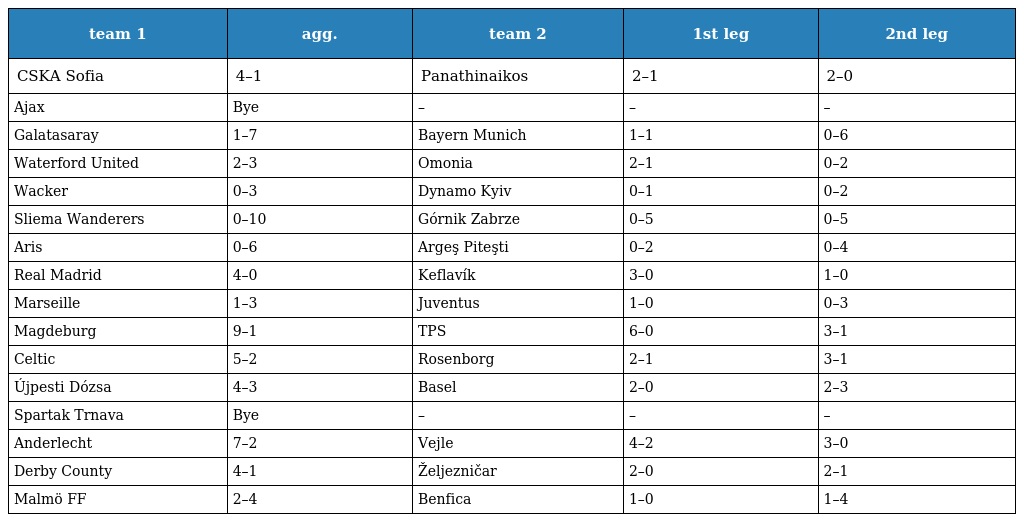
| team 1 | agg. | team 2 | 1st leg | 2nd leg |
 | --- | --- | --- | --- | --- |
 | CSKA Sofia | 4–1 | Panathinaikos | 2–1 | 2–0 |
 | Ajax | Bye | – | – | – |
 | Galatasaray | 1–7 | Bayern Munich | 1–1 | 0–6 |
 | Waterford United | 2–3 | Omonia | 2–1 | 0–2 |
 | Wacker | 0–3 | Dynamo Kyiv | 0–1 | 0–2 |
 | Sliema Wanderers | 0–10 | Górnik Zabrze | 0–5 | 0–5 |
 | Aris | 0–6 | Argeş Piteşti | 0–2 | 0–4 |
 | Real Madrid | 4–0 | Keflavík | 3–0 | 1–0 |
 | Marseille | 1–3 | Juventus | 1–0 | 0–3 |
 | Magdeburg | 9–1 | TPS | 6–0 | 3–1 |
 | Celtic | 5–2 | Rosenborg | 2–1 | 3–1 |
 | Újpesti Dózsa | 4–3 | Basel | 2–0 | 2–3 |
 | Spartak Trnava | Bye | – | – | – |
 | Anderlecht | 7–2 | Vejle | 4–2 | 3–0 |
 | Derby County | 4–1 | Željezničar | 2–0 | 2–1 |
 | Malmö FF | 2–4 | Benfica | 1–0 | 1–4 |